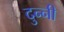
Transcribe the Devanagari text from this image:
दुन्नी